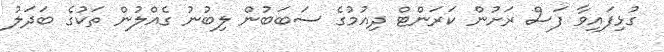
ގުޅިފައިވާ ފަސް ރަށުން ކަރަންޓް ދިއުމުގެ ސަބަބުން ލިބުނު ގެއްލުން ތަކުގެ ބަދަލު